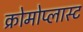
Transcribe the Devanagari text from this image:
क्रोमोप्लास्ट